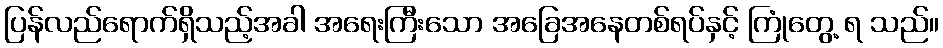
ပြန်လည်ရောက်ရှိသည့်အခါ အရေးကြီးသော အခြေအနေတစ်ရပ်နှင့် ကြုံတွေ့ ရ သည်။